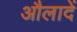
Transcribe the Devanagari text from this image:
औलादें